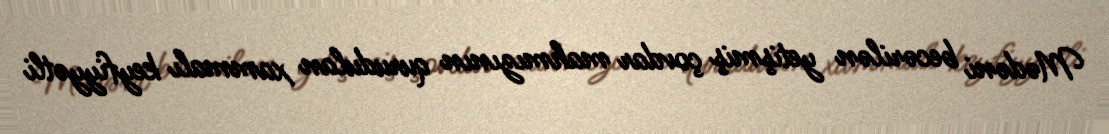
Mədəni becərilən yetişmiş çovdar mahmızının qurudulan xammalı keyfiyyətli